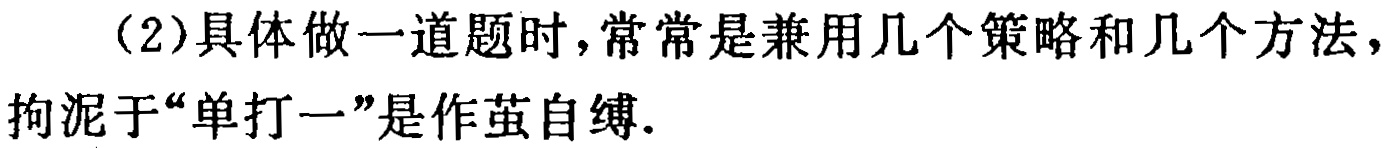
（2）具体做一道题时，常常是兼用几个策略和几个方法，拘泥于“单打一”是作茧自缚.